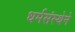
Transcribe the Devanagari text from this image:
धर्मसंस्थेने